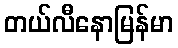
တယ်လီနောမြန်မာ